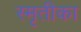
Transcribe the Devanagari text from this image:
स्मृतीका